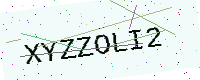
Text: XYZZOLI2